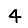
Digit: 4